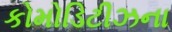
કોમોડિટીઝના